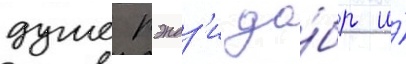
душе рэндз'и до́бр и́